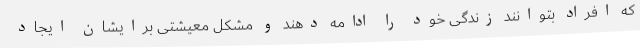
که افراد بتوانند زندگی خود را ادامه دهند و مشکل معیشتی برایشان ایجاد